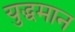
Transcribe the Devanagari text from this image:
युद्धमान